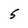
Character: 5